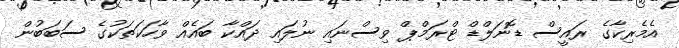
އެމެރިކާގެ ރައީސް ޑޮނަލްޑް ޓްރަމްޕް ވިސްނައި ނުލައި ދައްކާ ބައެއް ވާހަކަތަކުގެ ސަބަބުން